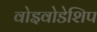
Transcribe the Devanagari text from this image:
वोइवोडेशिप